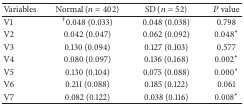
<table><thead><tr><td><b>Variables</b></td><td><b>Normal (<i>n</i> = 402)</b></td><td><b>SD (<i>n</i> = 52)</b></td><td><b><i>P</i> value</b></td></tr></thead><tbody><tr><td>V1</td><td><sup>†</sup>0.048 (0.033)</td><td>0.048 (0.038)</td><td>0.798</td></tr><tr><td>V2</td><td>0.042 (0.047)</td><td>0.062 (0.092)</td><td>0.048*</td></tr><tr><td>V3</td><td>0.130 (0.094)</td><td>0.127 (0.103)</td><td>0.577</td></tr><tr><td>V4</td><td>0.080 (0.097)</td><td>0.136 (0.168)</td><td>0.002*</td></tr><tr><td>V5</td><td>0.130 (0.104)</td><td>0.075 (0.088)</td><td>0.000*</td></tr><tr><td>V6</td><td>0.211 (0.088)</td><td>0.185 (0.122)</td><td>0.061</td></tr><tr><td>V7</td><td>0.082 (0.122)</td><td>0.038 (0.116)</td><td>0.008*</td></tr></tbody></table>